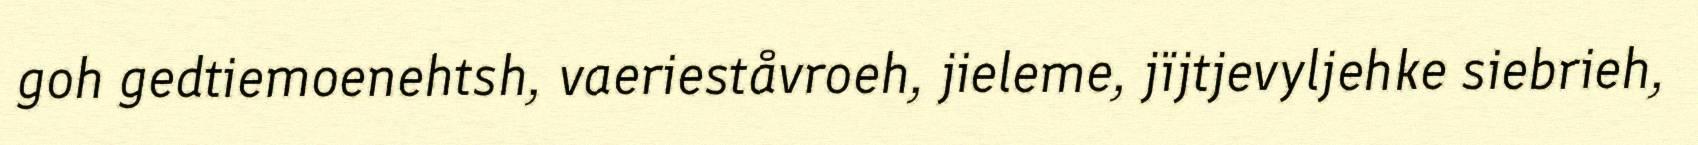
goh gedtiemoenehtsh, vaerieståvroeh, jieleme, jïjtjevyljehke siebrieh,